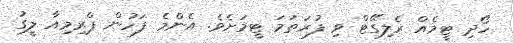
ހޯދި ޓީމެއް ރެލިގޭޓް ވި ފުރަތަމަ ޓީމަށެވެ. އެންމެ ފަހުން ޕްރިމިއާ ލީގު